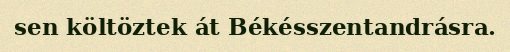
sen költöztek át Békésszentandrásra.